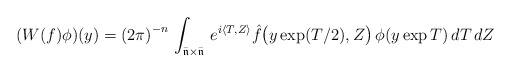
\begin{align*}( W(f)\phi )(y)={(2\pi)}^{-n}\,\int_{{\bar {\mathfrak n}}\times {\bar {\mathfrak n}}}\, e^{i\langle T,Z\rangle }{\hat{f}}\bigl( y\exp(T/2), Z \bigr)\,\phi (y\exp T)\,dT\,dZ\end{align*}